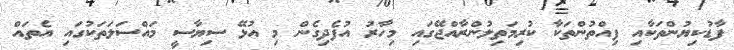
ފާޑުކިޔުންތަކާއި ފިއްތުންތަކާ ކުރިމަތިލުންރާއްޖޭގައި މިހާރު އުފެދިގެން މި އުޅޭ ސިޔާސީ މައްސަލަތަކުގައި އެތައް